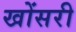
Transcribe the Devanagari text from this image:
खोंसरी